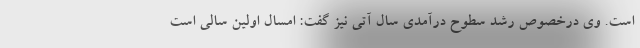
است. وی درخصوص رشد سطوح درآمدی سال آتی نیز گفت: امسال اولین سالی است